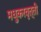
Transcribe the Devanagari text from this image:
मधुकरवृत्ती